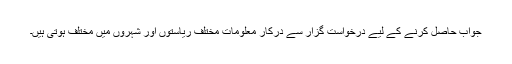
جواب حاصل کرنے کے لیے درخواست گزار سے درکار معلومات مختلف ریاستوں اور شہروں میں مختلف ہوتی ہیں۔